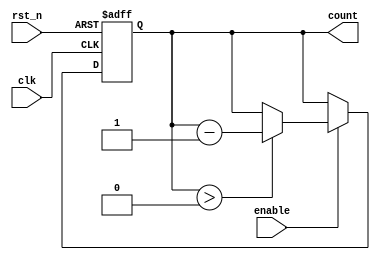
module down_counter #(
    parameter N = 4,                // Number of bits for the counter (e.g., 4 bits for counting down from 15)
    parameter MAX_VALUE = 15        // Maximum value to initialize the counter
)(
    input wire clk,                 // Clock input
    input wire rst_n,               // Active low asynchronous reset
    input wire enable,              // Enable signal for decrementing
    output reg [N-1:0] count        // Current count value output
);

// Asynchronous reset and initialization
always @(posedge clk or negedge rst_n) begin
    if (!rst_n) begin
        count <= MAX_VALUE;         // Reset to maximum value on reset
    end else if (enable) begin
        if (count > 0) begin
            count <= count - 1;     // Decrement the count if greater than zero
        end
    end
end

endmodule